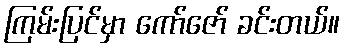
ကြမ်းပြင်မှာ ကော်ဇော် ခင်းတယ်။